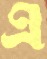
এ